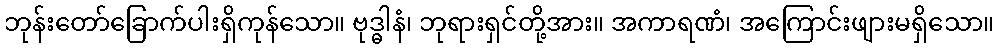
ဘုန်းတော်ခြောက်ပါးရှိကုန်သော။ ဗုဒ္ဓါနံ၊ ဘုရားရှင်တို့အား။ အကာရဏံ၊ အကြောင်းဖျားမရှိသော။